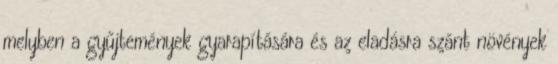
melyben a gyűjtemények gyarapítására és az eladásra szánt növények